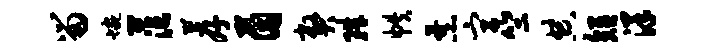
留蜿茫荐茵弊珠帙暴宫竺典短洋